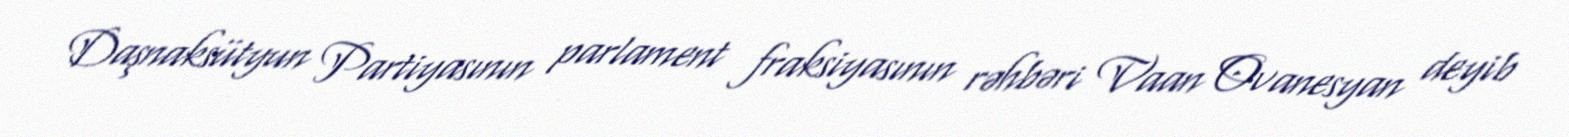
Daşnaksütyun Partiyasının parlament fraksiyasının rəhbəri Vaan Ovanesyan deyib